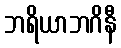
ဘရိယာဘဂိနီ